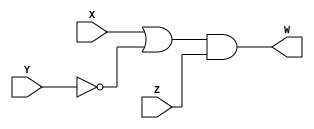
// CPEN 230L Lab 6a, Combinational Logic
// Gabe DiMartino, 10/17/2023

module logic1(W, X, Y, Z);
output W;
input X, Y, Z;
wire P, Q;

// structural model
not(P, Y);
or(Q, X, P);
and(W, Q, Z);

endmodule

/* commented-out alternate implementation

module logic1(W, X, Y, Z);
output W;
input X, Y, Z;

// behavioral model
assign W = (X || !Y) && Z;
endmodule
*/